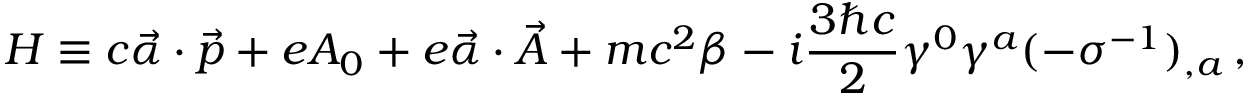
H \equiv c \vec { \alpha } \cdot \vec { p } + e A _ { 0 } + e \vec { \alpha } \cdot \vec { A } + m c ^ { 2 } \beta - i \frac { 3 \hbar c } { 2 } \gamma ^ { 0 } \gamma ^ { a } ( - \sigma ^ { - 1 } ) _ { , a } \, { , }